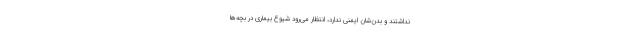
نداشتند و بدن‌شان ایمنی ندارد، انتظار می‌رود شیوع بیماری در بچه‌ها